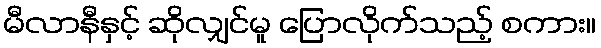
မီလာနီနှင့် ဆိုလျှင်မူ ပြောလိုက်သည့် စကား။